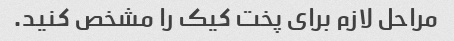
مراحل لازم برای پخت کیک را مشخص کنید.